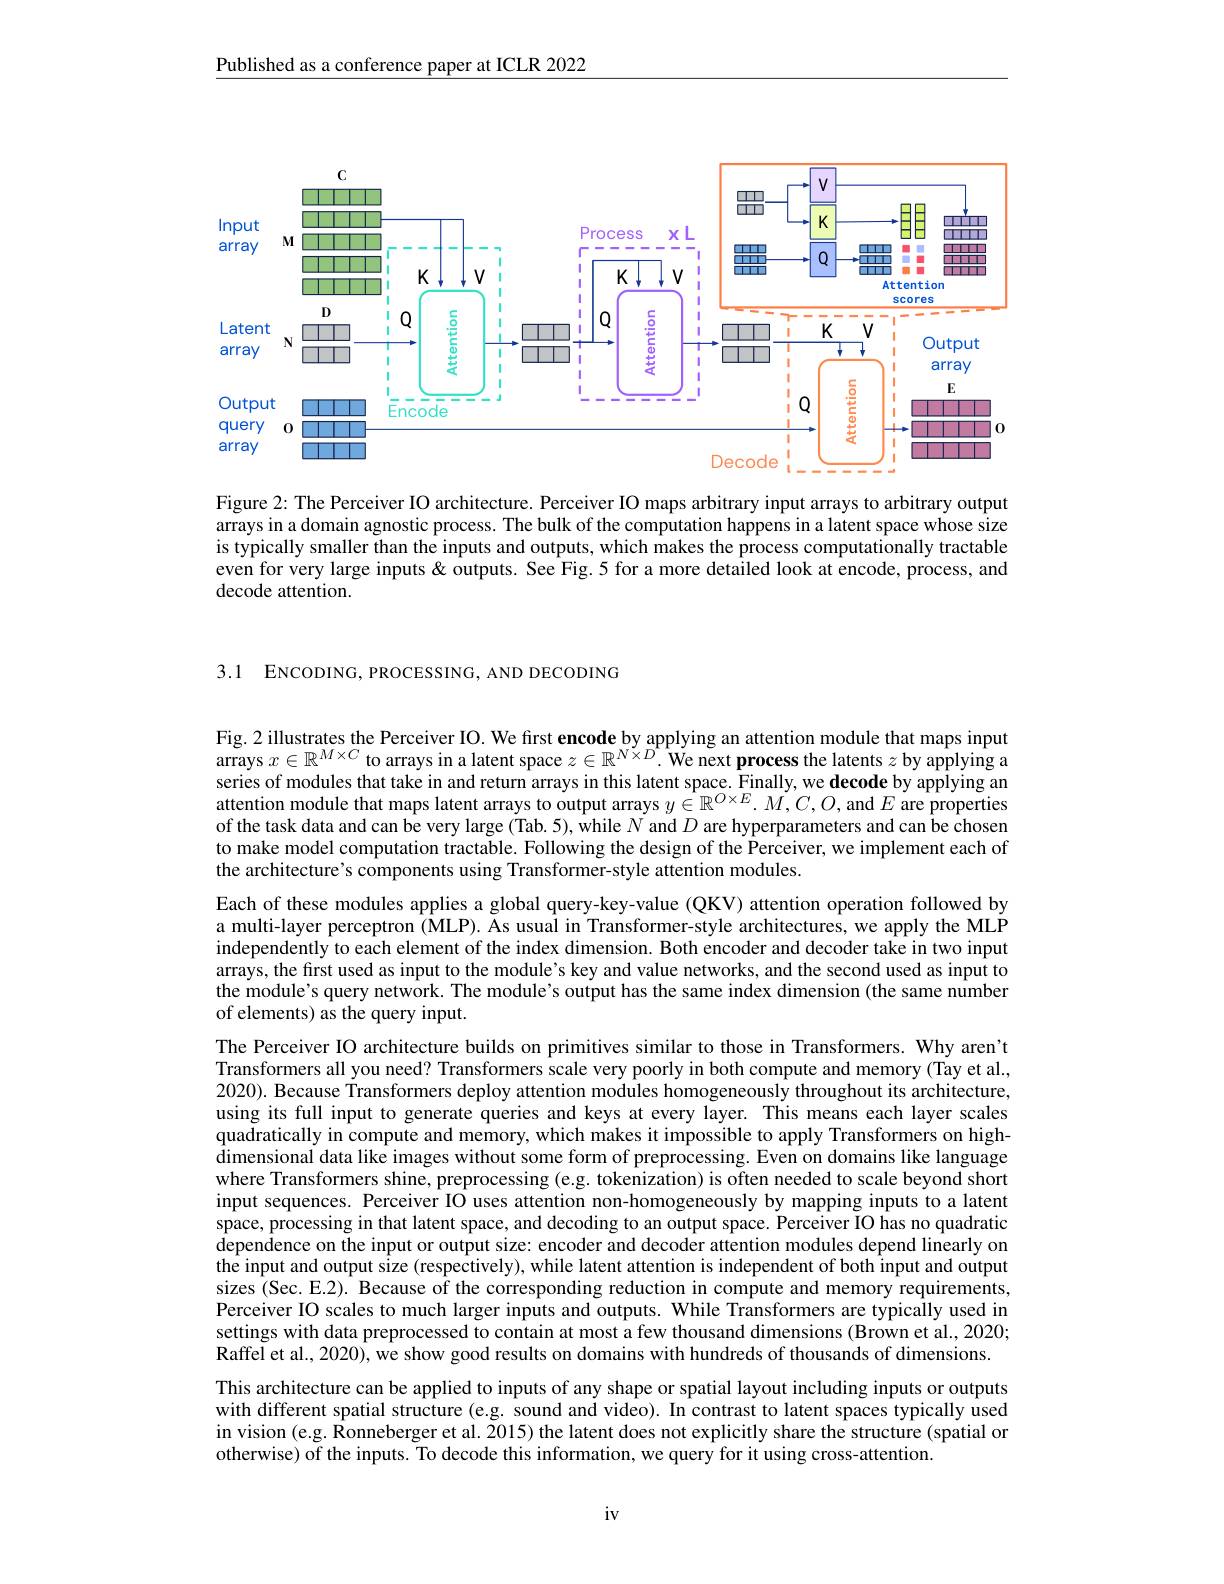
Published as a conference paper at ICLR 2022

<FigureHere>

Figure 2: The Perceiver IO architecture. Perceiver IO maps arbitrary input arrays to arbitrary output arrays in a domain agnostic process. The bulk of the computation happens in a latent space whose size is typically smaller than the inputs and outputs, which makes the process computationally tractable even for very large inputs & outputs. See Fig.5 for a more detailed look at encode, process, and decode attention.

3.1 ENCODING, PROCESSING, AND DECODING

Fig. 2 illustrates the Perceiver IO. We first encode by applying an attention module that maps input $\tilde{\text{arrays }x}\in\mathbb{R}^{M\times C}$ to arrays in a latent space $z\in\mathbb{R}^N\times D.$ We next process the latents $z$ by applying series of modules that take in and return arrays in this latent space. Finally, we decode by applying an attention module that maps latent arrays to output arrays $y\in\mathbb{R}^{O\times E}.M,C,O$, and $E$ are properties of the task data and can be very large (Tab. 5), while $N$ and $D$ are hyperparameters and can be chosen to make model computation tractable. Following the design of the Perceiver, we implement each of the architecture's components using Transformer-style attention modules.
Each of these modules applies a global query-key-value (QKV) attention operation followed by a multi-layer perceptron (MLP). As usual in Transformer-style architectures, we apply the MLP independently to each element of the index dimension. Both encoder and decoder take in two input arrays, the first used as input to the module's key and value networks, and the second used as input to the module's query network. The module's output has the same index dimension (the same number of elements) as the query input.
The Perceiver IO architecture builds on primitives similar to those in Transformers. Why aren't Transformers all you need? Transformers scale very poorly in both compute and memory (Tay et al., 2020). Because Transformers deploy attention modules homogeneously throughout its architecture, using its full input to generate queries and keys at every layer. This means each layer scales quadratically in compute and memory, which makes it impossible to apply Transformers on highdimensional data like images without some form of preprocessing. Even on domains like language where Transformers shine, preprocessing (e.g. tokenization) is often needed to scale beyond short input sequences. Perceiver IO uses attention non-homogeneously by mapping inputs to a latent space, processing in that latent space, and decoding to an output space. Perceiver IO has no quadratic dependence on the input or output size: encoder and decoder attention modules depend linearly on $\hat{\text{the input and output size (respectively), while latent attention is independent of both input and output}}$ sizes (Sec. E.2). Because of the corresponding reduction in compute and memory requirements, Perceiver IO scales to much larger inputs and outputs. While Transformers are typically used in settings with data preprocessed to contain at most a few thousand dimensions (Brown et al., 2020; Raffel et al., 2020), we show good results on domains with hundreds of thousands of dimensions. This architecture can be applied to inputs of any shape or spatial layout including inputs or outputs with different spatial structure (e.g. sound and video). In contrast to latent spaces typically used in vision (e.g. Ronneberger et al. 2015) the latent does not explicitly share the structure (spatial or

otherwise) of the inputs. To decode this information, we query for it using cross-attention.

$iv$